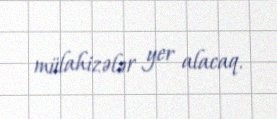
mülahizələr yer alacaq.